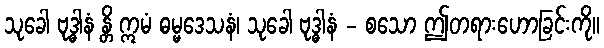
သုခေါ ဗုဒ္ဓါနံ န္တိ ဣမံ ဓမ္မဒေသနံ၊ သုခေါ ဗုဒ္ဓါနံ - စသော ဤတရားဟောခြင်းကို။